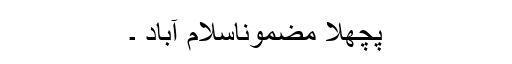
پچھلا مضموناسلام آباد ۔